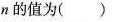
n的值为（）